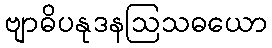
ဗျာဓိပနုဒနဩသဓယော